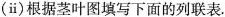
（ⅱ）根据茎叶图填写下面的列联表.